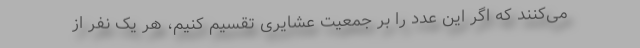
می‌کنند که اگر این عدد را بر جمعیت عشایری تقسیم کنیم، هر یک نفر از